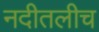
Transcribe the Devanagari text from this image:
नदीतलीच